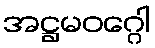
အဋ္ဌမဝဂ္ဂေါ